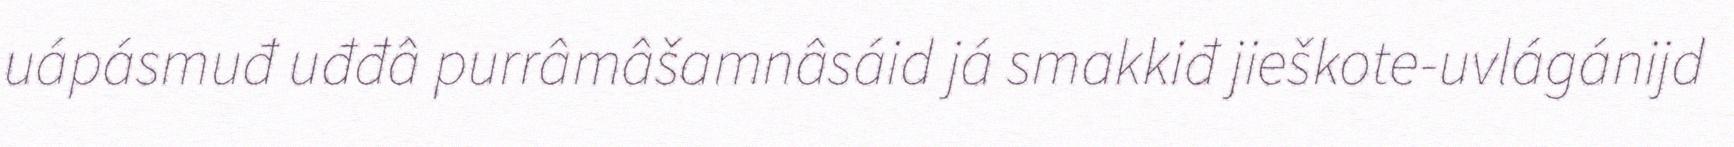
uápásmuđ uđđâ purrâmâšamnâsáid já smakkiđ jieškote-uvlágánijd